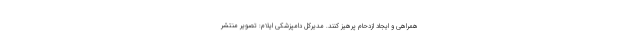
همراهی و ایجاد ازدحام پرهیز کنند. مدیرکل دامپزشکی ایلام: تصویر منتشر